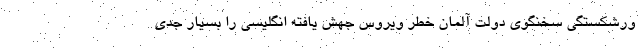
ورشکستگی سخنگوی دولت آلمان خطر ویروس جهش یافته انگلیسی را بسیار جدی